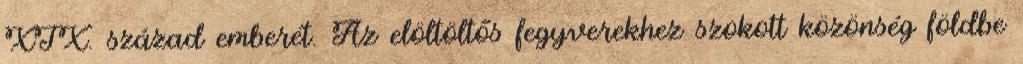
XIX. század emberét. Az elöltöltős fegyverekhez szokott közönség földbe